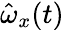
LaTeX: \hat{\omega}_{x}(t)